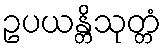
ဥပယန္တိသုတ္တံ